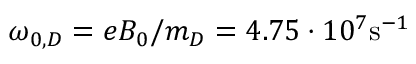
\omega _ { 0 , D } = e B _ { 0 } / m _ { D } = 4 . 7 5 \cdot 1 0 ^ { 7 } \mathrm { s } ^ { - 1 }